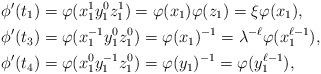
LaTeX: \begin{align*}\phi'(t_1) &{}= \varphi(x_1^1 y_1^0 z_1^1) = \varphi(x_1) \varphi(z_1) = \xi \varphi(x_1), \\\phi'(t_3) &{}= \varphi(x_1^{-1} y_1^0 z_1^0) = \varphi(x_1)^{-1} = \lambda^{-\ell} \varphi(x_1^{\ell-1}), \\\phi'(t_4) &{}= \varphi(x_1^0 y_1^{-1} z_1^0) = \varphi(y_1)^{-1} = \varphi(y_1^{\ell-1}),\end{align*}